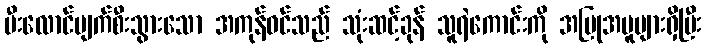
မီးလောင်ပျက်စီးသွားသော အကုန်ဝင်သည် သုံးဆင့်ခုန် သူရဲကောင်းကို အပြုအမူများရှိပြီး